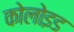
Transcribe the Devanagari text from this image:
कोलोइड